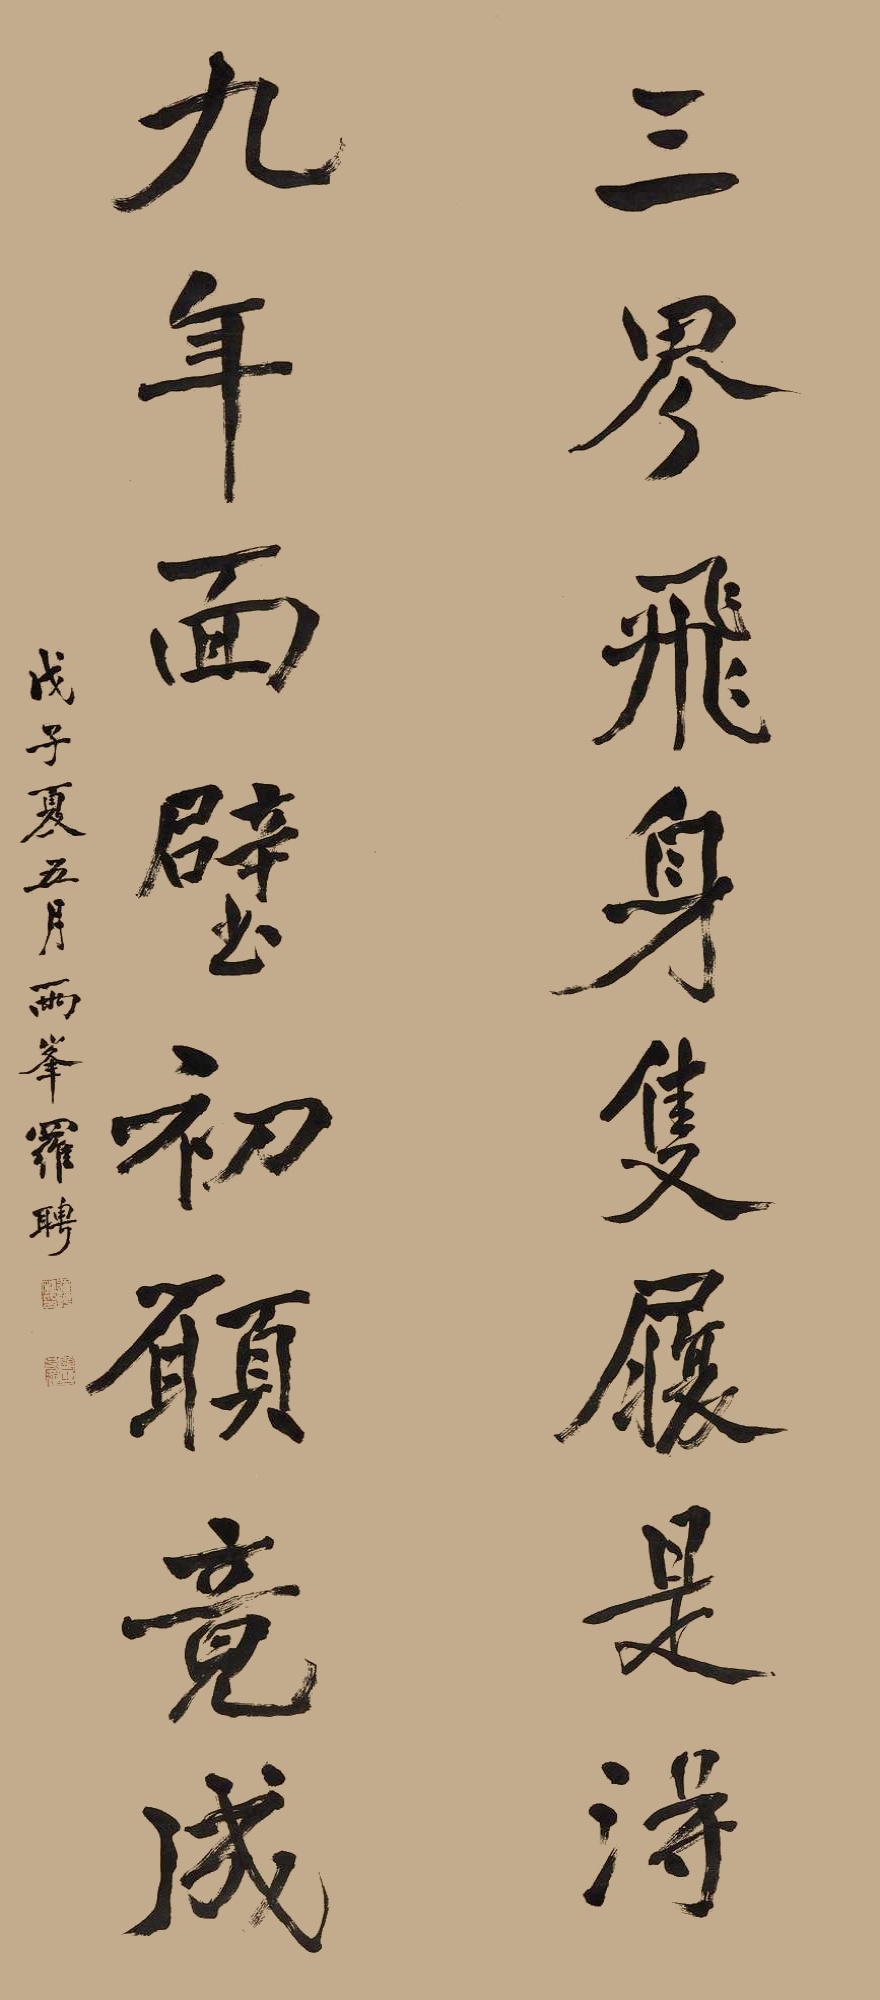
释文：三界飞身只履是得，九年面壁初愿竟成。戊子夏五月，两峰罗聘。